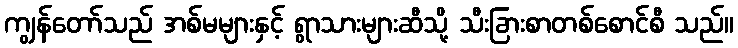
ကျွန်တော်သည် အစ်မများနှင့် ရွာသားများဆီသို့ သီးခြားစာတစ်စောင်စီ သည်။